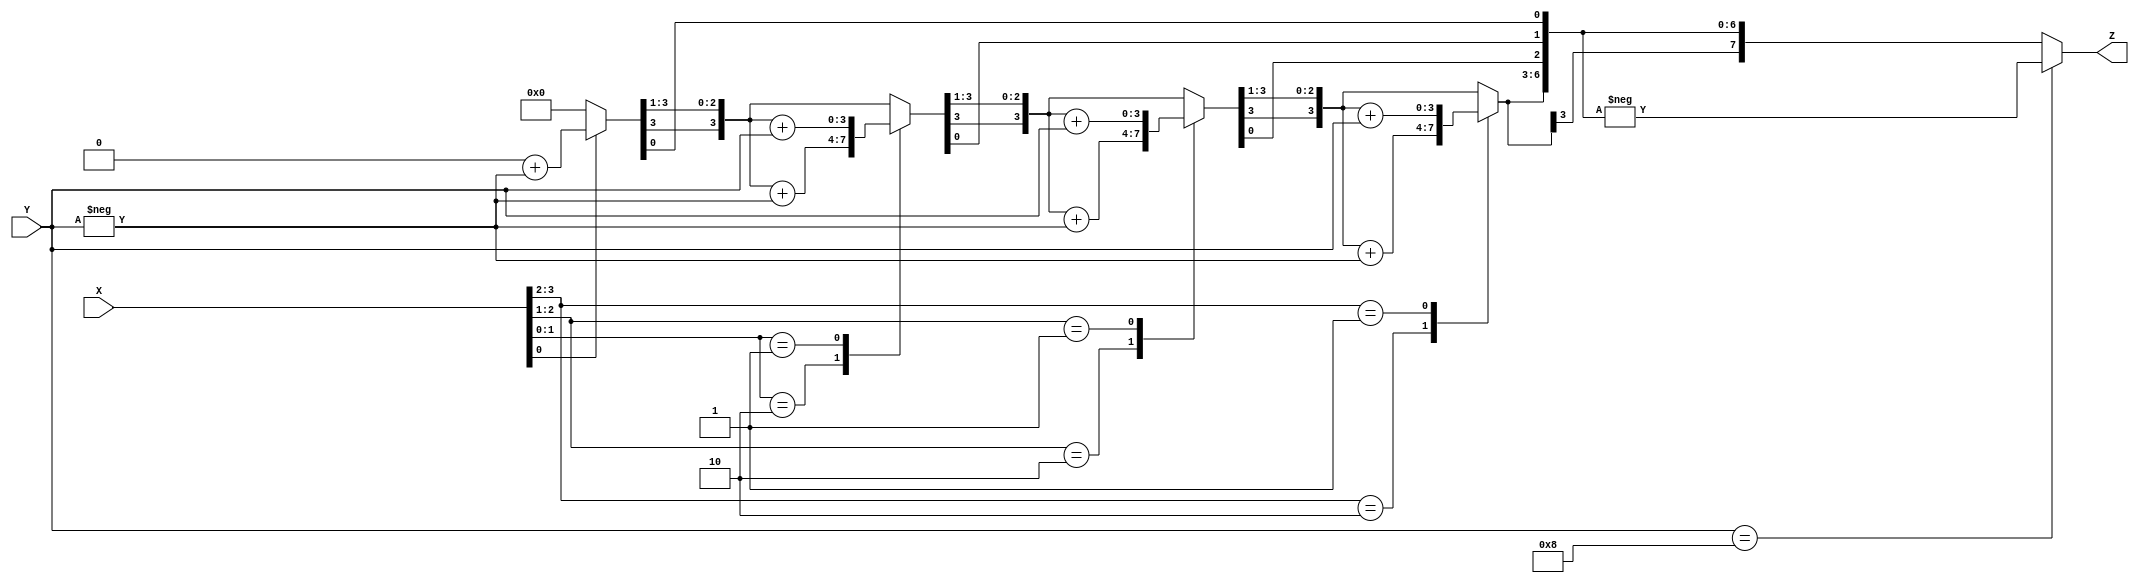
module multi(X, Y, Z);
      input signed [3:0] X, Y;
       output signed [7:0] Z;
       reg signed [7:0] Z;
       reg [1:0] temp;
       integer i;
       reg E1;
       reg [3:0] Y1;
       always @ (X, Y)
       begin
       Z = 8'b00000000;
       E1 = 1'b0;
       for (i = 0; i < 4; i = i + 1)
       begin
       temp = {X[i], E1};
       Y1 = - Y;
  case (temp)
       2'b10 : Z [7 : 4] = Z [7 : 4] + Y1;
       2'b01 : Z [7 : 4] = Z [7 : 4] + Y;
       default : begin end
       endcase
       Z = Z >> 1;
       
       Z[7] = Z[6];
       
      
       E1 = X[i];
           end
       if (Y == 4'd8)
      
      
           begin
               Z = - Z;
           end
      
       end
      
       
endmodule